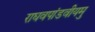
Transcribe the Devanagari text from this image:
राघवपांडवीयमु